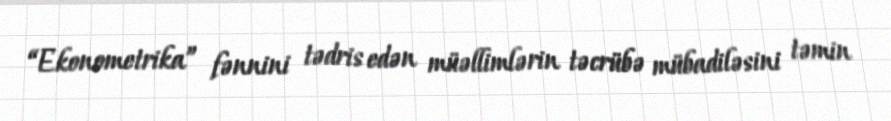
“Ekonometrika” fənnini tədris edən müəllimlərin təcrübə mübadiləsini təmin